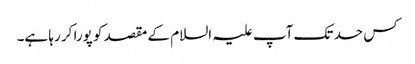
کس حد تک آپ علیہ السلام کے مقصد کو پورا کر رہا ہے۔